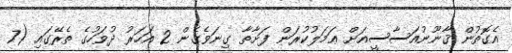
އެގޮތުން ޤާނޫނުއަސާސީއަށް ޢަމަލުކުރަން ފަށާތާ ގިނަވެގެން 2 އަހަރު ދުވަހުގެ ތެރޭގައި (7